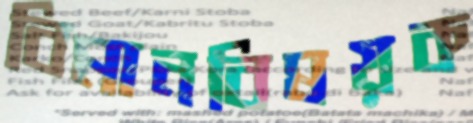
বিমানবিষয়ক